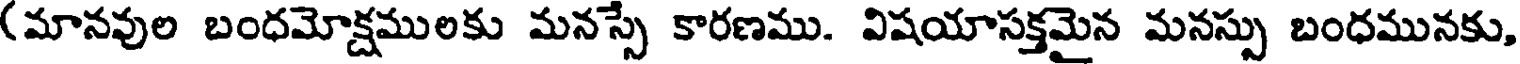
(మానవుల బంధమోక్షములకు మనస్సే కారణము. విషయాసక్తమైన మనస్సు బంధమునకు,